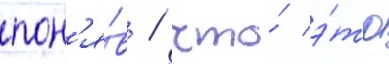
пон'я́в / что́ э́то